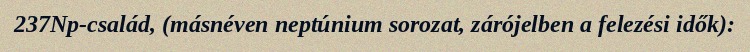
237Np-család, (másnéven neptúnium sorozat, zárójelben a felezési idők):